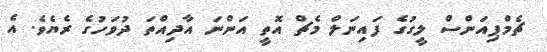
ޗެމްޕިއަންސް ލީގުގެ ފައިނަލް މެޗް އޮތީ އަންނަ އާދިއްތަ ދުވަހުގެ ރެޔެވެ. އެ